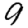
Digit: 9